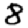
Digit: 8